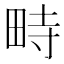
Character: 畤